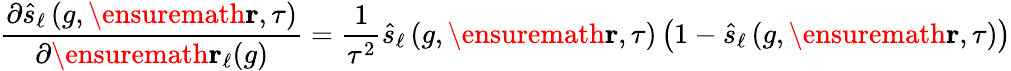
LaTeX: \frac{\partial\hat{s}_{\ell}\left(g,\ensuremath{\mathbf{r}},\tau\right)}{\partial\ensuremath{\mathbf{r}}_{\ell}(g)}=\frac{1}{\tau^{2}}\hat{s}_{\ell}\left(g,\ensuremath{\mathbf{r}},\tau\right)\left(1-\hat{s}_{\ell}\left(g,\ensuremath{\mathbf{r}},\tau\right)\right)